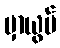
မှာယွမ်